Annual report on the mental hospital in the Central Provinces and Berar (Nagpur) - 1927-1951
Year: 1927
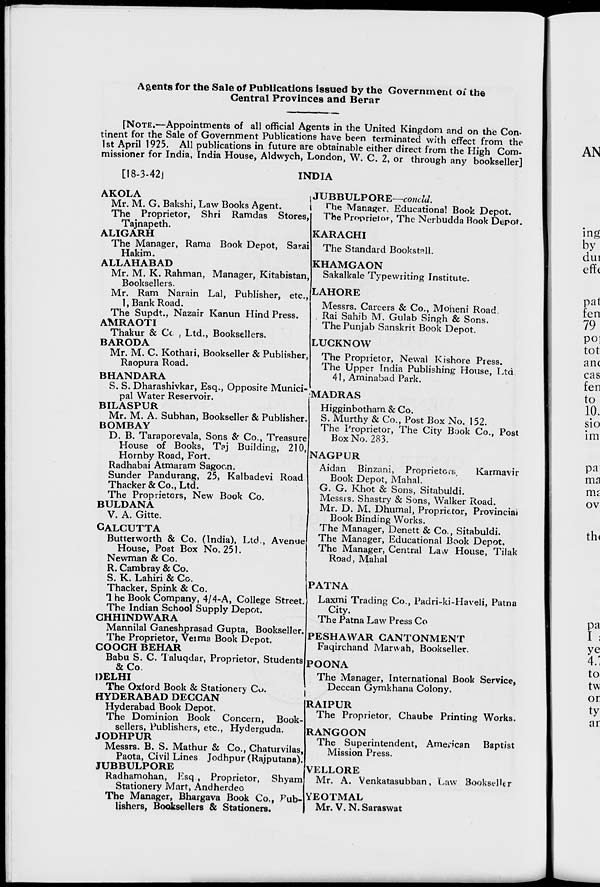
Agents for the Sale of Publications issued by the Government of the
Central Provinces and Berar
[NOTE.—Appointments of all official Agents in the United Kingdom ™M n „ .u n
iT? ^ lfe Sal li? f G KT m . men^ Publicatio - ^ve been te^atTwKel? from t
1st April 1925 All publications in future are obtainable either direct from the Hieh Com
missioner for India, India House, Aldwych, London, W. C. 2, or through any bookselkr]
[18-3-42]
INDIA
AKOLA
Mr. M. G. Bakshi, Law Books Agent.
The Proprietor, Shri Ramdas Stores,
Tajnapeth.
ALIGARH
The Manager, Rama Book Depot, Sarai
Hakim.
ALLAHABAD
Mr. M. K. Rahman, Manager, Kitabistan,
Booksellers.
Mr. Ram Narain Lai, Publisher, etc.,
1, Bank Road.
The Supdt., Nazair Kanun Hind Press.
AMRAOTI
Thakur & Cc , Ltd., Booksellers.
BARODA
Mr. M. C. Kothari, Bookseller & Publisher,
Raopura Road.
BHANDARA
S. S. Dharashivkar, Esq., Opposite Munici-
pal Water Reservoir.
BILASPUR
Mr. M. A. Subhan, Bookseller & Publisher.
BOMBAY
D. B. Taraporevala, Sons & Co., Treasure
House of Books, Taj Building, 210,
Hornby Road, Fort.
Radhabai Atmaram Sagocn.
Sunder Pandurang, 25, Kalbadevi Road
Thacker&Co.,Ltd.
The Proprietors, New Book Co.
BULDANA
V. A. Gitte.
CALCUTTA
Buttetworth & Co. (India), Ltd., Avenue
House, Post Box No. 251.
Newman & Co.
R. Cambray & Co.
S. K. Lahiri & Co.
Thacker, Spink & Co.
1 he Book Company, 4/4-A, College Street,
The Indian School Supply Depot.
CHHINDWARA
Mannilal Ganeshprasad Gupta, Bookseller.
The Proprietor, Veima Book Depot.
COOCH BEHAR
Babu S. C. Taluqdar, Proprietor, Students
&Co.
DELHI
The Oxford Book & Stationery Co.
HYDERABAD DECCAN
Hyderabad Book Depot.
The Dominion Book Concern, Book
sellers, Publishers, etc., Hyderguda.
JODHPUR
Messrs. B. S. Mathur & Co., Chaturvilas,
Paota, Civil Lines Jodhpur (Rajputana).
JUBBULPORE
Radhamohan, Esq., Proprietor, Shyam
Stationery Mart, Andherdeo
The Manager, Bhargava Book Co., Pub-
lishers, Booksellers & Stationers.
JUBBULPORE—concld.
The Manager, Educational Book Depot.
The Proprietor, The Nerbudda Book Depot.
KARACHI
The Standard Bookstall.
KHAMGAON
Sakalkale Typewriting Institute.
LAHORE
Messrs. Careers & Co., Moheni Road.
. Rai Sahib M. Gulab Singh & Sons.
The Punjab Sanskrit Book Depot.
LUCKNOW
The Proprietor, Newal Kishore Press.
The Upper India Publishing House, Ltd
41, Aminabad Park.
MADRAS
Higginbotham & Co.
S. Murthy & Co., Post Box No. 152.
The Proprietor, The City Book Co., Post
Box No. 283.
NAGPUR
Aidan Binzani, Proprietors.
Karmavir
Book Depot, Mahal.
G. G. Khot & Sons, Sitabuldi.
Messis. Shastry & Sons, Walker Road.
Mr. D. M. Dhumal, Proprietor, Provincial
Book Binding Works.
The Manager, Denett & Co., Sitabuldi.
The Manager, Educational Book Depot.
The Manager, Central La^v House, Tilak
Road, Mahal
PATNA
Laxmi Trading Co., Padri-ki-Haveli, Patna
City.
The Patna Law Press Co
PESHAWAR CANTONMENT
Faqirchand Marwah, Bookseller.
POONA
The Manager, International Book Service,
Deccan Gymkhana Colony.
RAIPUR
The Proprietor, Chaube Printing Works.
RANGOON
The Superintendent, American Baptist
Mission Press.
[VELLORE
Mr. A. Venkatasubban, Law Bookseller
YEOTMAL
Mr. V. N. Saraswat